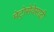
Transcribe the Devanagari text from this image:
मेट्रोसेवेसाठी